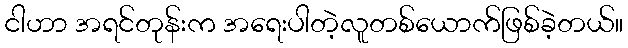
ငါဟာ အရင်တုန်းက အရေးပါတဲ့လူတစ်ယောက်ဖြစ်ခဲ့တယ်။